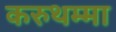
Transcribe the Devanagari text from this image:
करुथम्मा